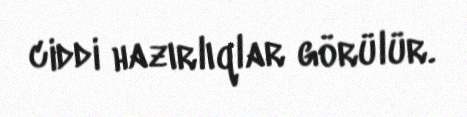
ciddi hazırlıqlar görülür.